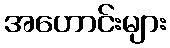
အဟောင်းများ